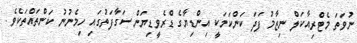
ނުވަތަ މެޓްރިއާކަލް ނިޒާމު ފަދަ ކަންކަމަކީ އިންޑިޔާގެ ޑްރެވީޑިޔަން ސަގާފަތުގައި ހިމެނުނު ކަންތައްތަކެވެ.